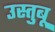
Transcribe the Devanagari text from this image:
उस्तुबू